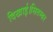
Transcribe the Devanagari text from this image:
दिखाई।सितम्बर